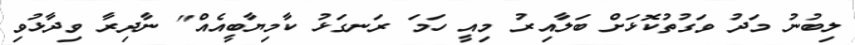
ލިބުނު މަދު ވަގުތުކޮޅަށް ބަލާއިރު މިއީ ހަމަ ރަނގަޅު ކާމިޔާބީއެއް" ނާދިރާ ވިދާޅުވި